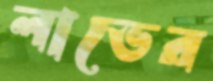
লাভের